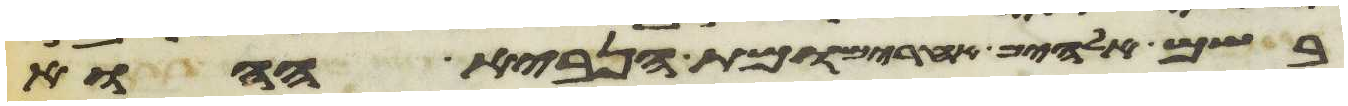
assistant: בשם אלהים אחרים ומת הנביא ההוא